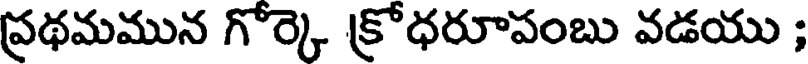
ప్రథమమున గోర్కె క్రోధరూపంబు వడయు ;